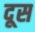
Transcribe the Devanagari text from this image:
दूस